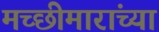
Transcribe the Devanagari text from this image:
मच्छीमारांच्या